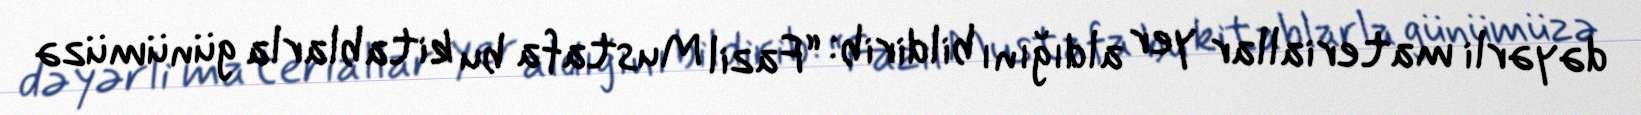
dəyərli materiallar yer aldığını bildirib: “Fazil Mustafa bu kitablarla günümüzə